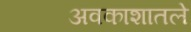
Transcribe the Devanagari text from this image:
अवकाशातले